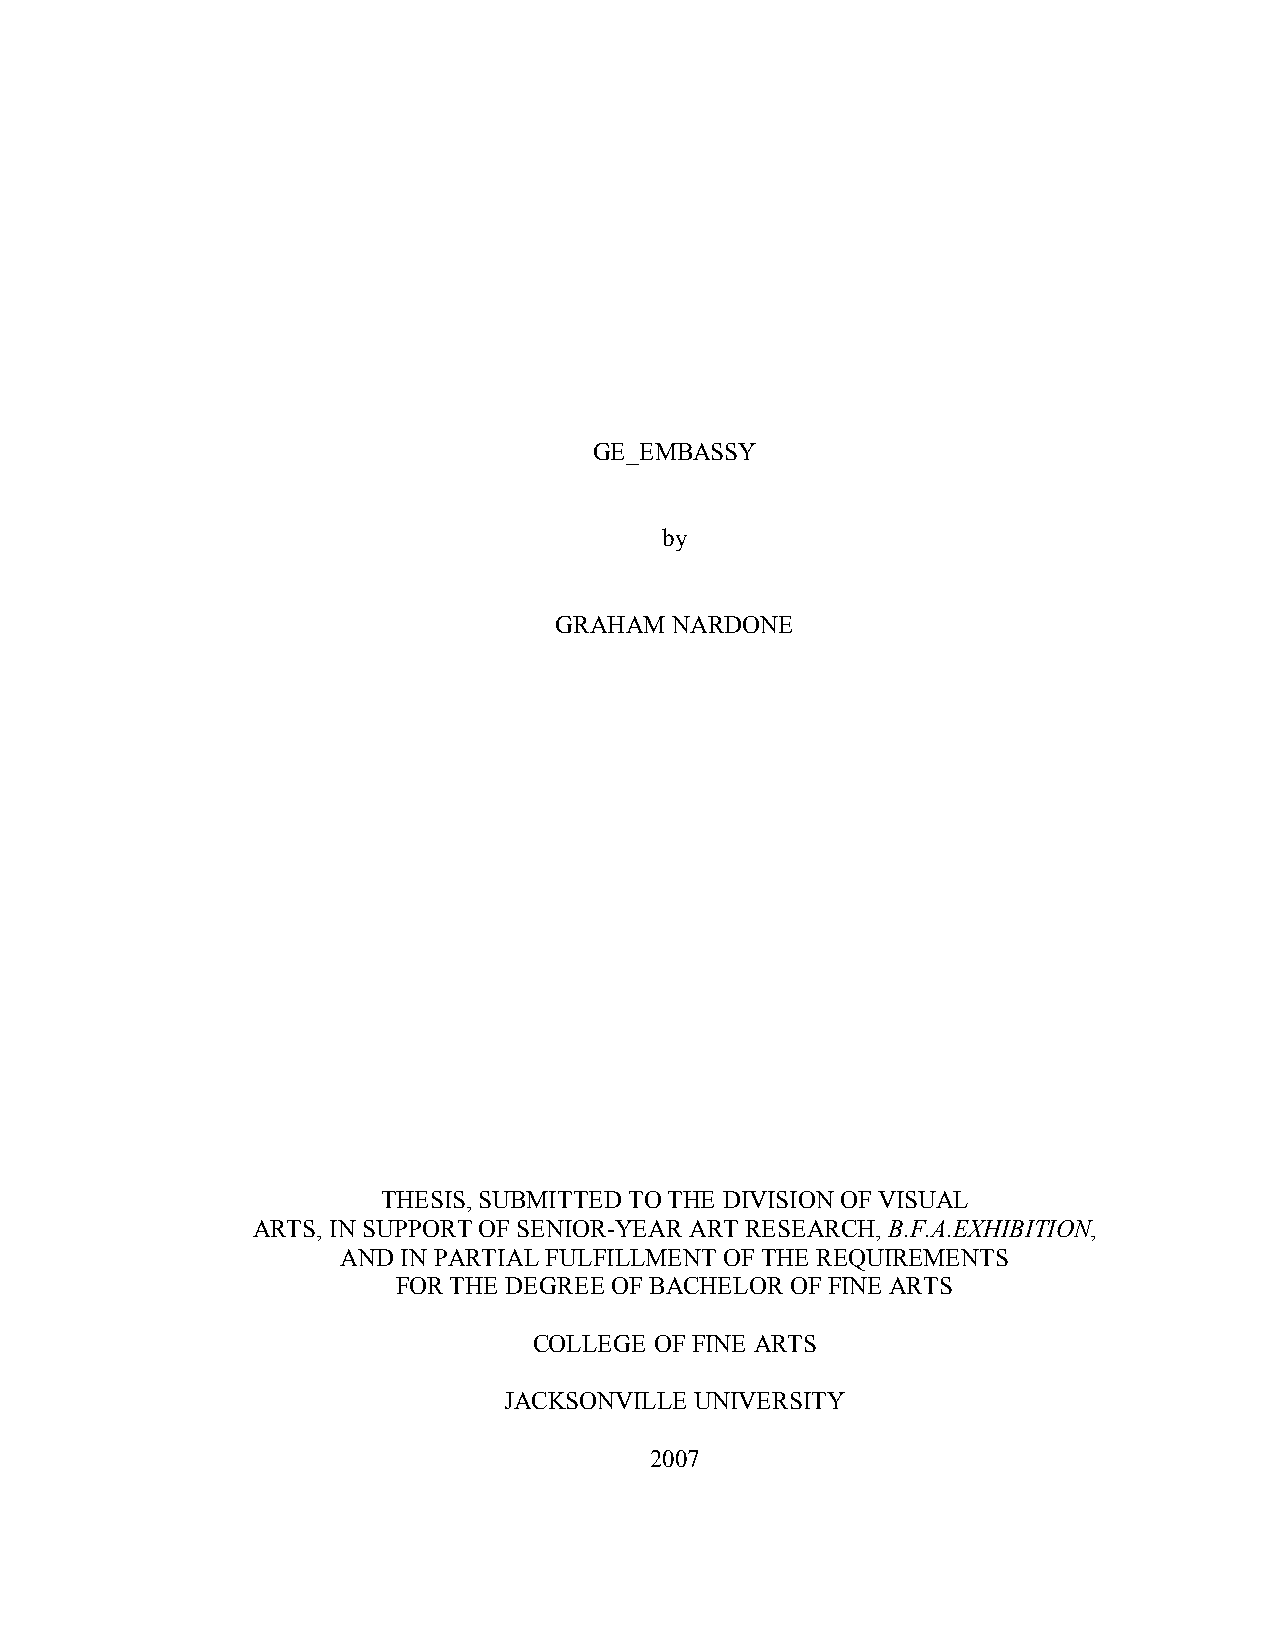
GE_EMBASSY
 by
 GRAHAM NARDONE
 THESIS, SUBMITTED TO THE DIVISION OF VISUAL
 ARTS, IN SUPPORT OF SENIOR-YEAR ART RESEARCH, B.F.A.EXHIBITION,
 AND IN PARTIAL FULFILLMENT OF THE REQUIREMENTS
 FOR THE DEGREE OF BACHELOR OF FINE ARTS
 COLLEGE OF FINE ARTS
 JACKSONVILLE UNIVERSITY
 2007